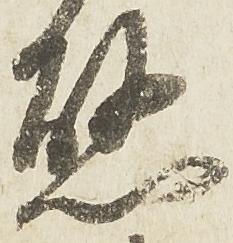
懸